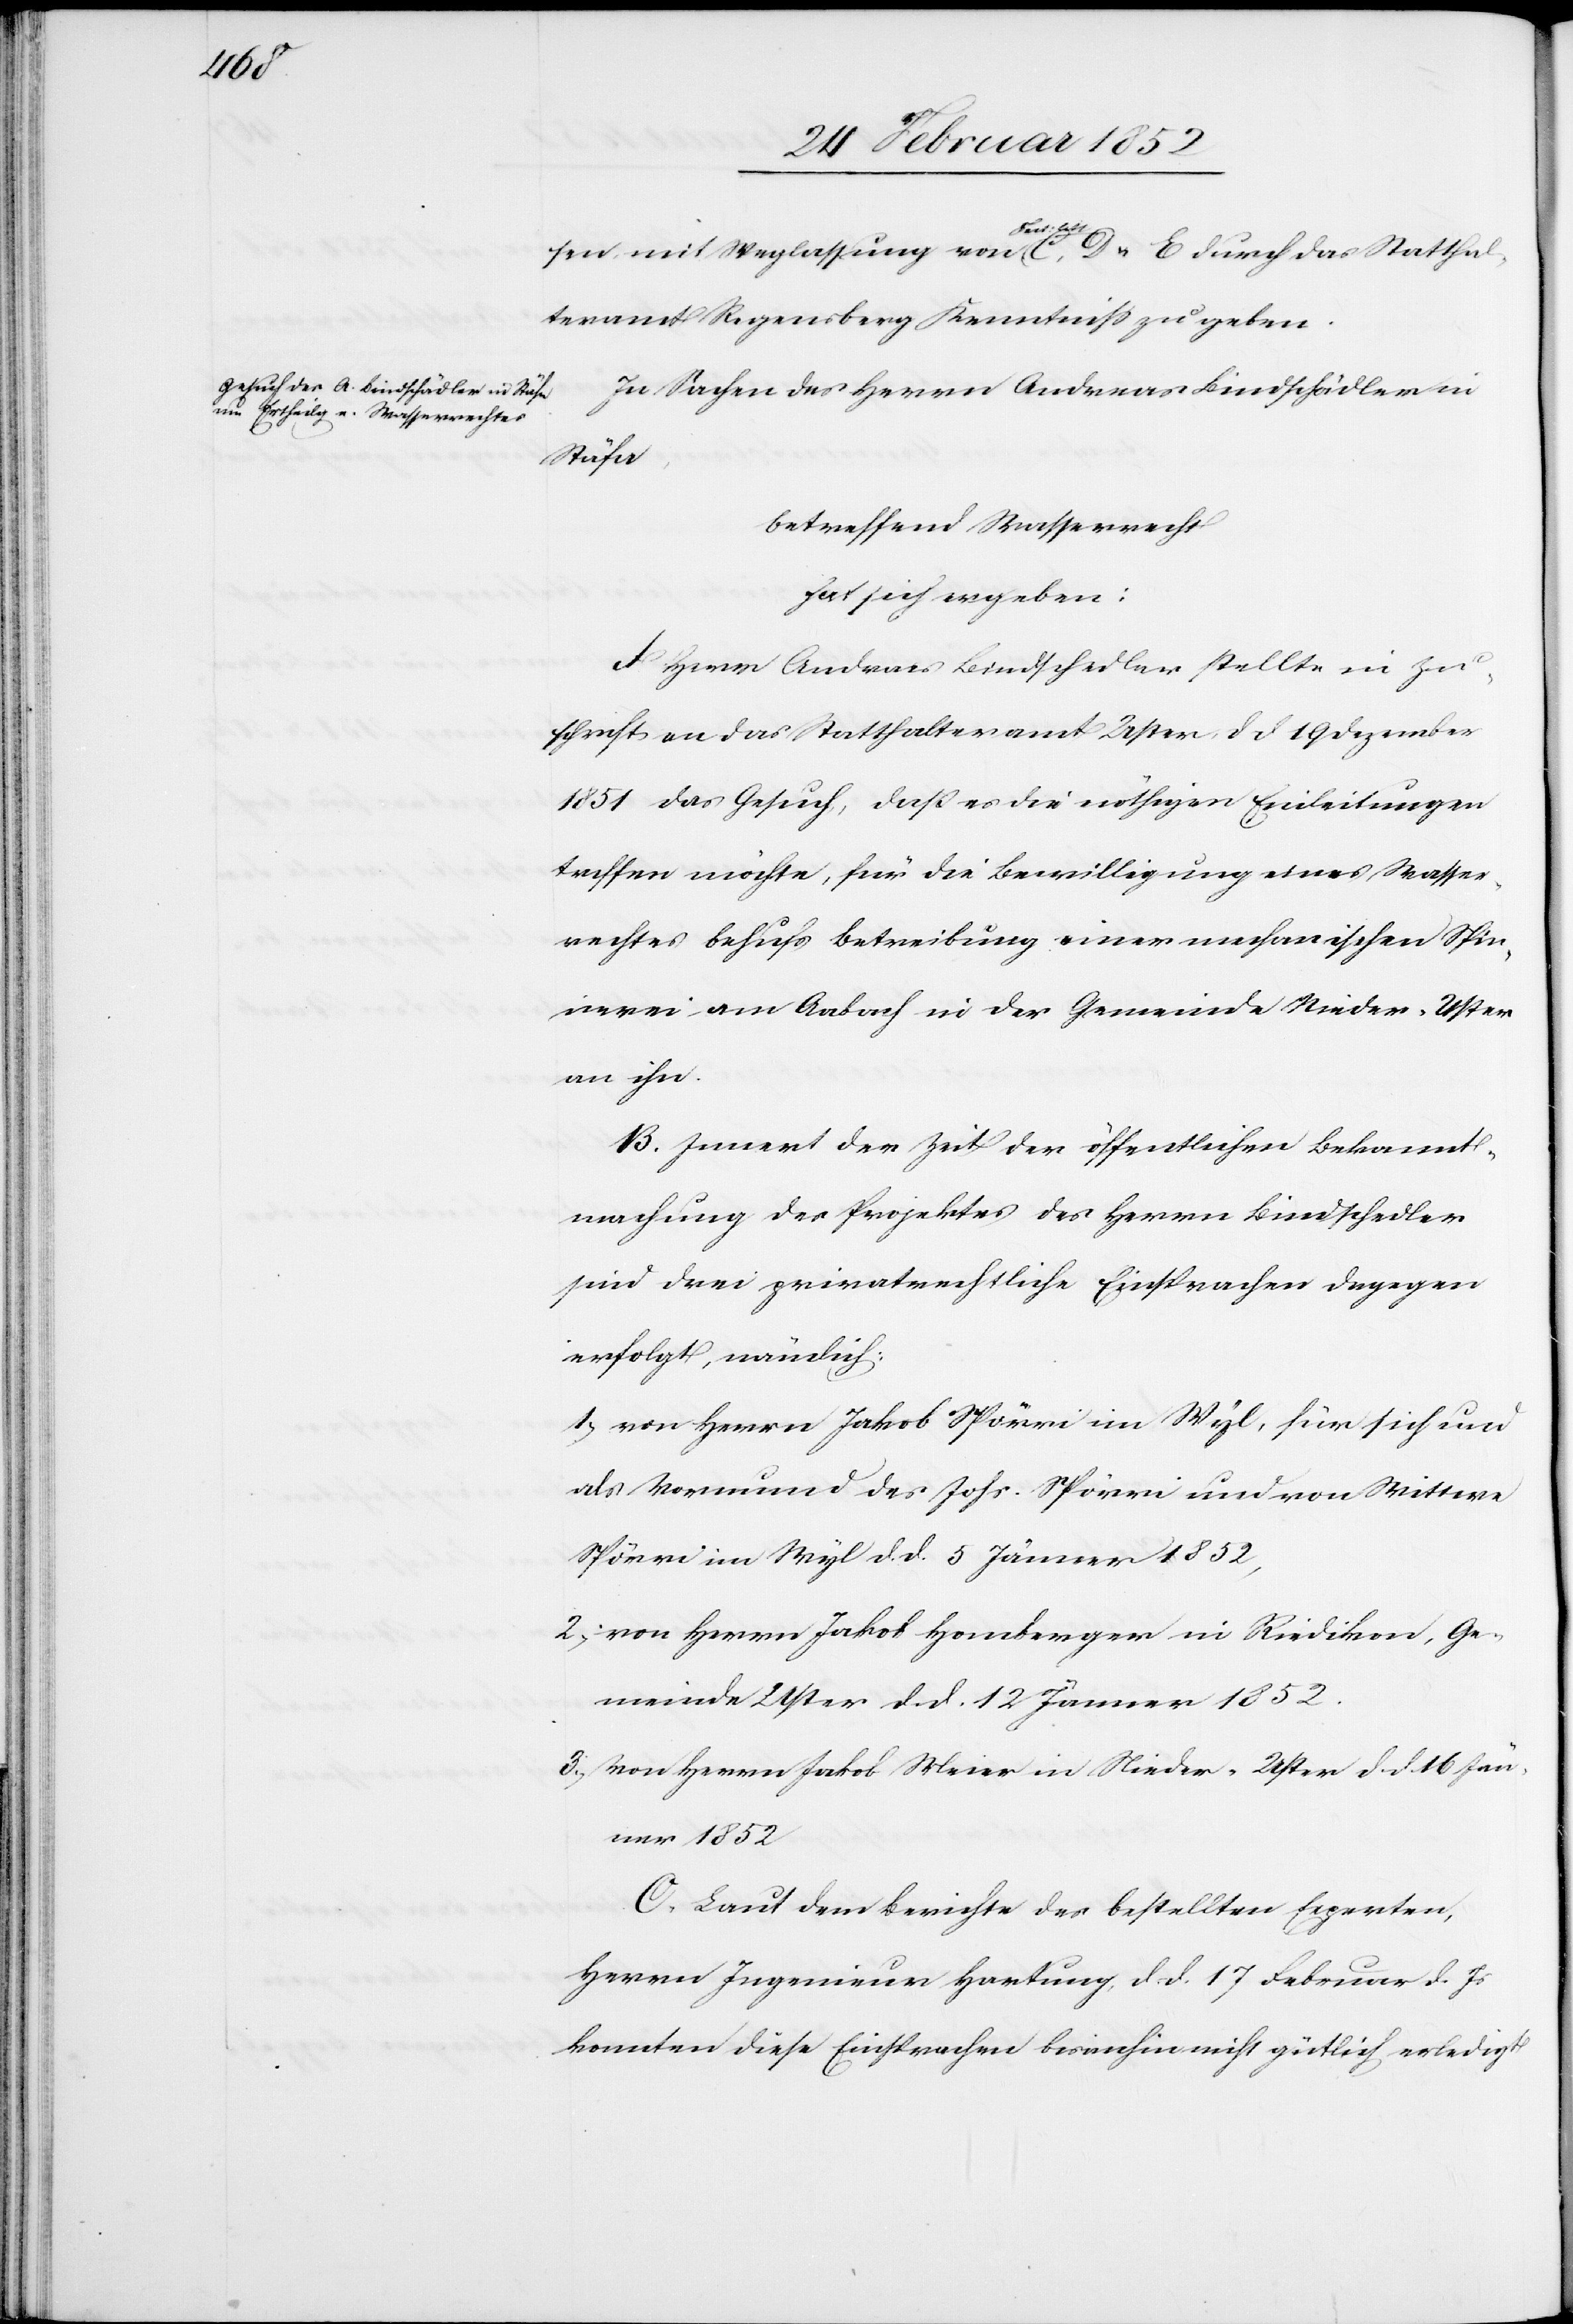
sen mit Weglassung von Fact: litt. C, D u. E durch das Statthal¬
teramt Regensperg Kenntniß zu geben.
In Sachen des Herrn Andreas Bindschädler in
Stäfa,
betreffend Wasserrecht
hat sich ergeben:
A. Herr Andreas Bindschedler stellte in Zu¬
schrift an das Statthalteramt Uster dd 19 Dezember
1851 das Gesuch, daß es die nöthigen Einleitungen
treffen möchte, für die Bewilligung eines Wasser¬
rechtes behufs Betreibung einer mechanischen Spin¬
nerei am Aabach in der Gemeinde Nieder-Uster
an ihn.
B. Innert der Zeit der öffentlichen Bekannt¬
machung des Projektes des Herrn Bindschedler
sind drei privatrechtliche Einsprachen dagegen
erfolgt, nämlich:
1.) von Herrn Jakob Spörri in Wyl, für sich und
als Vormund des Johs. Spörri und von Wittwe
Spörri im Wyl d. d. 5 Jänner 1852,
2.) von Herrn Jakob Homberger in Riedikon, Ge¬
meinde Uster d. d. 12 Jänner 1852.
3.) von Herrn Jakob Meier in Nieder-Uster d. d. 16 Jän¬
ner 1852
C. Laut dem Berichte des bestellten Experten,
Herrn Ingenieur Hartung, d. d. 17 Februar d. Js
konnten diese Einsprachen bisanhin nicht gütlich erledigt